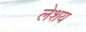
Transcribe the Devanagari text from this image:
लेशय